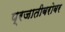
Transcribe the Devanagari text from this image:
प्रजातीबरोबर